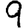
Digit: 9